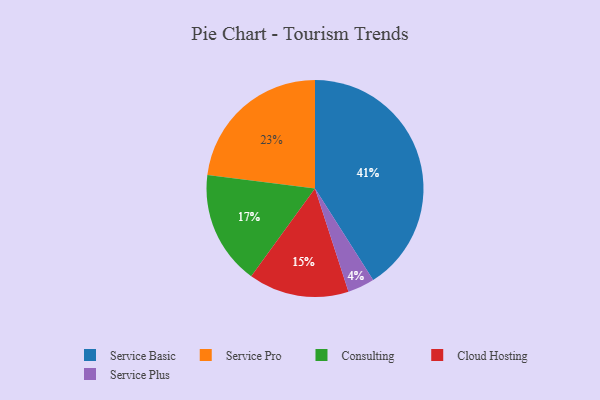
{"axis": {"x": "Category", "y": "Percentage"}, "legend": ["Cloud Hosting", "Consulting", "Service Basic", "Service Plus", "Service Pro"], "data": [{"x": "Service Plus", "y": 4, "type": "Service Plus"}, {"x": "Cloud Hosting", "y": 15, "type": "Cloud Hosting"}, {"x": "Service Basic", "y": 41, "type": "Service Basic"}, {"x": "Consulting", "y": 17, "type": "Consulting"}, {"x": "Service Pro", "y": 23, "type": "Service Pro"}]}